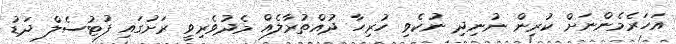
އަހަރެމެންނަށް ކުރިން ނުނިދި ނުކެވި ހުރިހާ ދުއްތުރާލެއް މެދުވެރިވީ ރަށުގައި ފުޓުސެލް ދަޑު